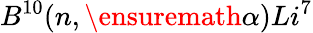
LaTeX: {{B}}^{10}({n},\ensuremath{\alpha}){{Li}}^{7}